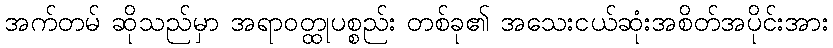
အက်တမ် ဆိုသည်မှာ အရာဝတ္ထုပစ္စည်း တစ်ခု၏ အသေးငယ်ဆုံးအစိတ်အပိုင်းအား